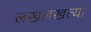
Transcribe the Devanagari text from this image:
लखलखत्या